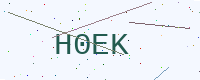
Text: H0EK